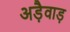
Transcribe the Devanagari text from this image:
अड़ैवाड़